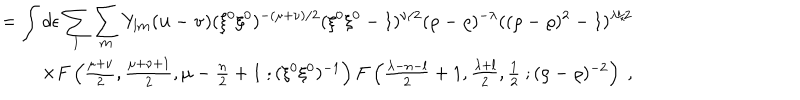
\begin{array} { r } { { = \displaystyle \int d \epsilon \sum _ { l } \sum _ { \bf m } Y _ { l { \bf m } } ( { \bf u } - { \bf v } ) ( \xi ^ { 0 } \xi ^ { 0 } ) ^ { - ( \mu + \nu ) / 2 } ( \xi ^ { 0 } \xi ^ { 0 } - 1 ) ^ { \nu / 2 } ( \rho - \varrho ) ^ { - \lambda } ( ( \rho - \varrho ) ^ { 2 } - 1 ) ^ { \lambda / 2 } } } \\ { { \times F \left( \frac { \mu + \nu } { 2 } , \frac { \mu + \nu + 1 } { 2 } , \mu - \frac { n } { 2 } + 1 ~ ; ( \xi ^ { 0 } \xi ^ { 0 } ) ^ { - 1 } \right) F \left( \frac { \lambda - n - l } { 2 } + 1 , \frac { \lambda + l } { 2 } , \frac { 1 } { 2 } ~ ; ( \rho - \varrho ) ^ { - 2 } \right) ~ , } } \\ \end{array}